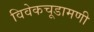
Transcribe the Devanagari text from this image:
विवेकचूडामणी